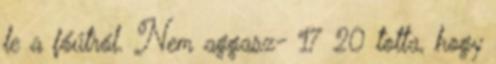
le a főútról. Nem aggasz- 17 20 totta, hogy